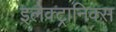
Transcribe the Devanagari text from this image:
इलेक्ट्रानिक्‍स